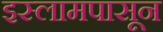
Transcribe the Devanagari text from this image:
इस्लामपासून